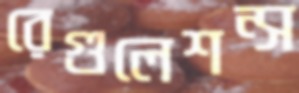
রেগুলেশন্স